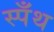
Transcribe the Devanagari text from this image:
स्पँथ